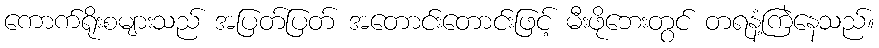
ကောက်ရိုးစများသည် အပြတ်ပြတ် အတောင်းတောင်းဖြင့် မီးဖိုဘေးတွင် တရနံ့ကြဲနေသည်။